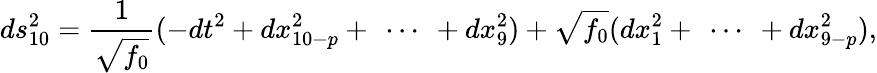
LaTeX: ds_{10}^{2}=\frac{1}{\sqrt{f_{0}}}(-dt^{2}+dx_{10-p}^{2}+\ \cdots\ +dx_{9}^{2})+\sqrt{f_{0}}(dx_{1}^{2}+\ \cdots\ +dx_{9-p}^{2}),